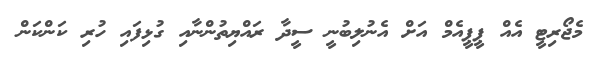
މެޖޯރިޓީ އެއް ޕީޕީއެމް އަށް އެނުލިބުނީ ސީދާ ރައްޔިތުންނާއި ގުޅިފައި ހުރި ކަންކަން